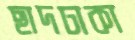
ছাদঢাকা